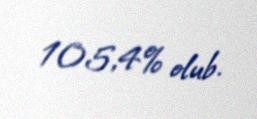
105,4% olub.